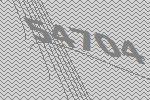
54704